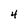
Character: 4